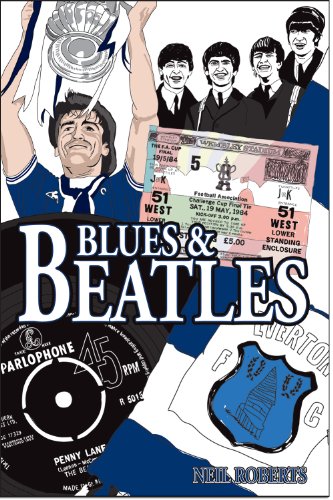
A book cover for Blues and Beatles; Neil Roberts; Biographies & Memoirs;